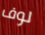
لوف